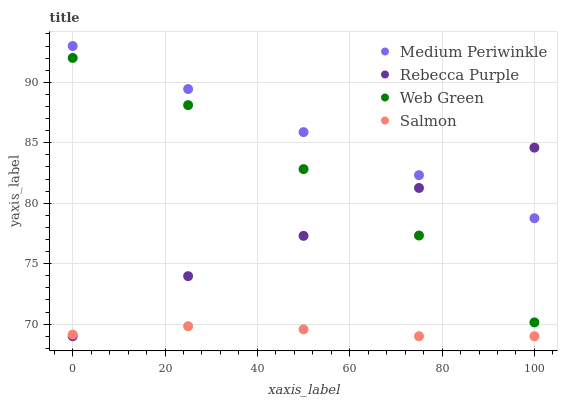
| xaxis_label | Medium Periwinkle | Rebecca Purple | Web Green | Salmon |
 | --- | --- | --- | --- | --- |
 | 0 | 93 | 69 | 92 | 69.1 |
 | 25 | 89.4 | 74 | 88.1 | 69.8 |
 | 50 | 85.9 | 77.3 | 82.8 | 69.6 |
 | 75 | 82.3 | 81.3 | 77.3 | 69 |
 | 100 | 78.8 | 84.6 | 70.1 | 69 |